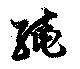
繞